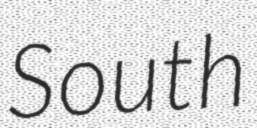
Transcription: South